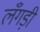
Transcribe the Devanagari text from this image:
लँगड़ी